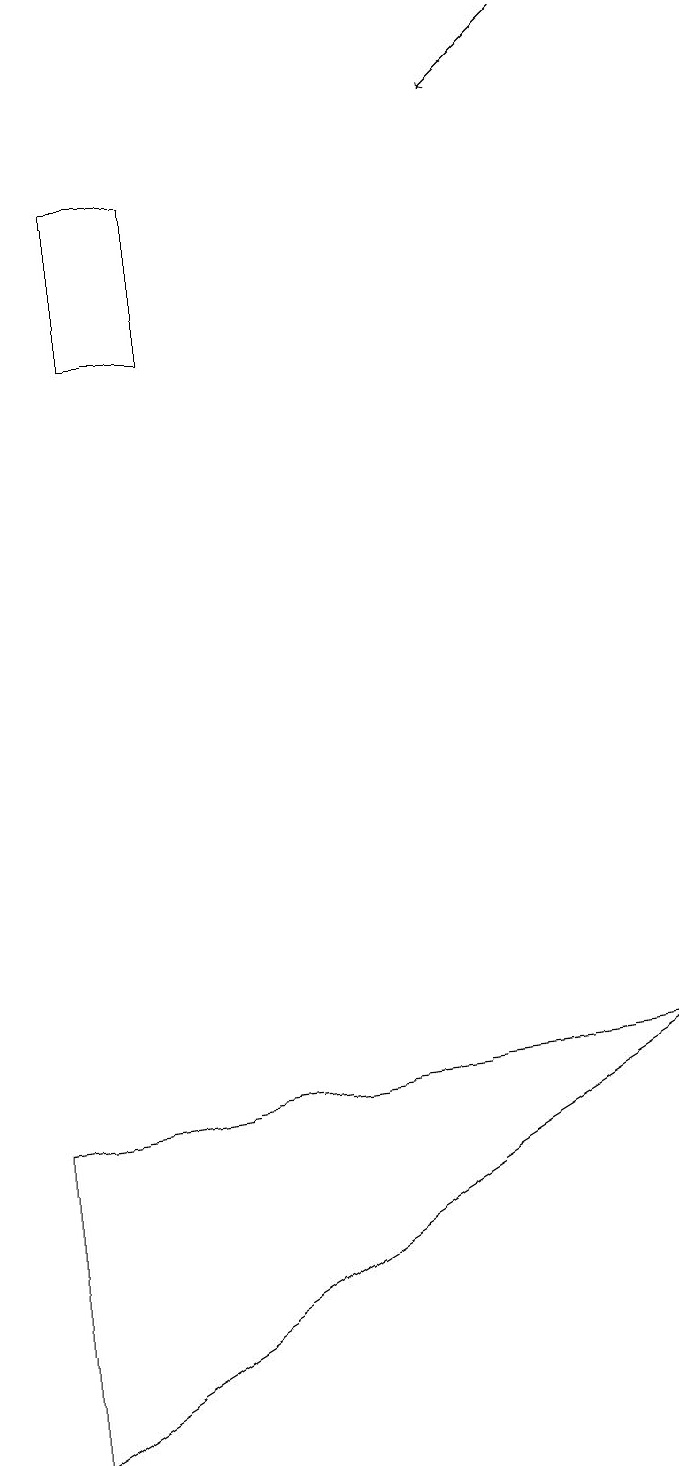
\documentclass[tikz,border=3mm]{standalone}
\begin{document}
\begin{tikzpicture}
\draw[->] (7,18) -- (6,17);
\draw (2,16) rectangle (1,14);
\draw (0,4) -- (8,5) -- (0,0) -- cycle;
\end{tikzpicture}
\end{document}